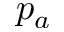
p _ { a }